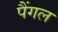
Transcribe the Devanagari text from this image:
पैंगल